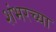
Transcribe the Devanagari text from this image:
शंभरच्या